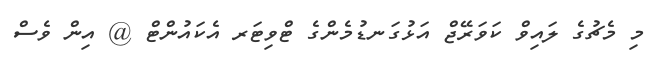
މި މެޗުގެ ލައިވް ކަވަރޭޖް އަޅުގަނޑުމެންގެ ޓްވިޓަރ އެކައުންޓް @ އިން ވެސް